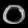
Digit: ၀